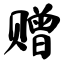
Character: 赠